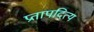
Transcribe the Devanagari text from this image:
प्रतापदित्य